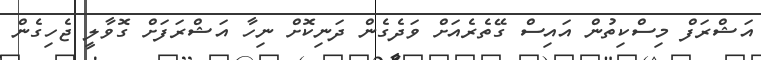
އަޝްރަފް މިސްކިތުން އައިސް ގޭތެރެއަށް ވަދެގެން ދަނިކޮށް ނިހާ އަޝްރަފަށް ގޮވާލީ ޖެހިގެން